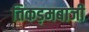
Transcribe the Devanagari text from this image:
तिकड़मबाजी